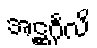
အဋ္ဌင်္ဂုလိ